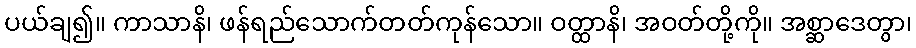
ပယ်ချ၍။ ကာသာနိ၊ ဖန်ရည်သောက်တတ်ကုန်သော။ ဝတ္ထာနိ၊ အဝတ်တို့ကို။ အစ္ဆာဒေတွာ၊